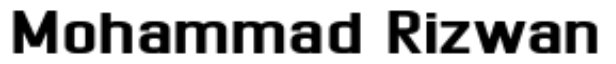
Mohammad Rizwan